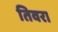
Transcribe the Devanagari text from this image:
तिवरा